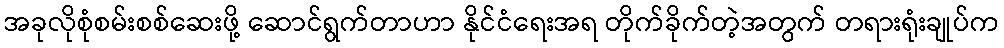
အခုလိုစုံစမ်းစစ်ဆေးဖို့ ဆောင်ရွက်တာဟာ နိုင်ငံရေးအရ တိုက်ခိုက်တဲ့အတွက် တရားရုံးချုပ်က